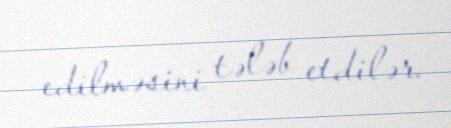
edilməsini tələb etdilər.